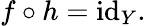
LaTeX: f\circ h=\operatorname{id}_{Y}.